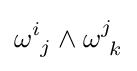
\omega _{\ j}^{i}\wedge \omega _{\ k}^{j}